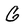
Character: G